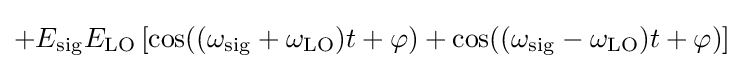
+E_{\mathrm {sig} }E_{\mathrm {LO} }\left[\cos((\omega _{\mathrm {sig} }+\omega _{\mathrm {LO} })t+\varphi )+\cos((\omega _{\mathrm {sig} }-\omega _{\mathrm {LO} })t+\varphi )\right]